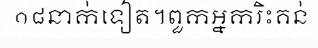
១៨នាក់ទៀត។ពួកអ្នករិះគន់